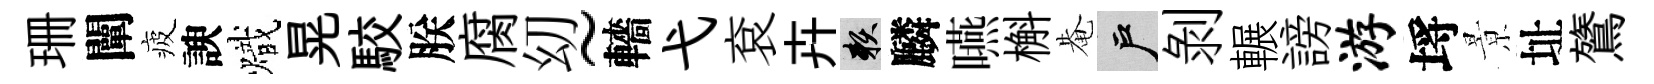
珊闡疲諛熾晃駮朕腐㓜~轖弋袞卉賴麟嚥槲𤲅户剥輾謗游埓㬌址鷟